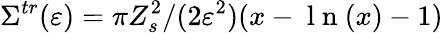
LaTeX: \Sigma^{tr}(\varepsilon)=\pi Z_{s}^{2}/(2\varepsilon^{2})(x-\mathrm{~l~n~}(x)-1)